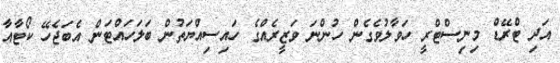
އަދި ޓްރޭޑް މިނިސްޓްރީ ހަވާލުވެގެން ހުންނަ ވަޒީރެއްގެ ހައިސިއްޔަތުން ބަލަހައްޓަން އެބަޖެހޭ ކޯޓާއާ